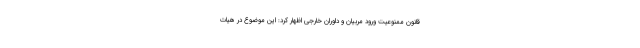
قانون ممنوعیت ورود مربیان و داوران خارجی اظهار کرد: این موضوع در هیات